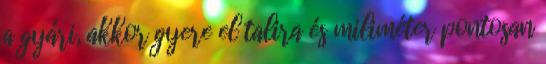
a gyári, akkor gyere el talira és miliméter pontosan